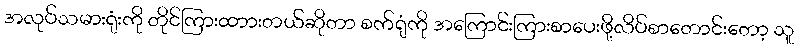
အလုပ်သမားရုံးကို တိုင်ကြားထာားတယ်ဆိုတာ စက်ရုံကို အကြောင်းကြားစာပေးဖို့လိပ်စာတောင်းတော့ သူ